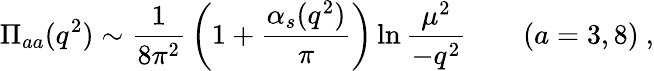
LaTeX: \Pi_{aa}(q^{2})\sim{\frac{1}{8\pi^{2}}}\left(1+{\frac{\alpha_{s}(q^{2})}{\pi}}\right)\ln{\frac{\mu^{2}}{-q^{2}}}\qquad(a=3,8)\ ,